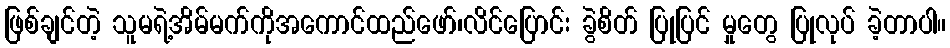
ဖြစ်ချင်တဲ့ သူမရဲ့အိမ်မက်ကိုအကောင်ထည်ဖော်၊လိင်ပြောင်း ခွဲစိတ် ပြုပြင် မှုတွေ ပြုလုပ် ခဲ့တာပါ။